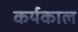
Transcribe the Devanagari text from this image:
कर्यकाल